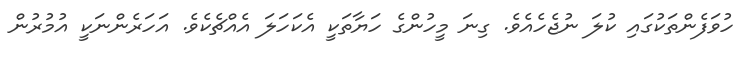
ހުވަފެންތަކުގައި ކުލަ ނުޖެހެއެވެ. ގިނަ މީހުންގެ ހަޔާތަކީ އެކަހަލަ އެއްޗެކެވެ. އަހަރެންނަކީ އުމުރުން